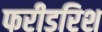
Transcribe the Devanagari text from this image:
फरीडरिश